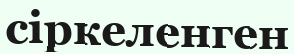
сіркеленген